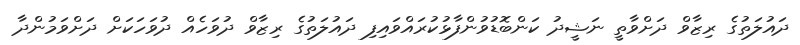
ދައުލަތުގެ ރިޒާވް ދަށްވާތީ ނަޝީދު ކަންބޮޑުވުންފާޅުކުރައްވައިފިި ދައުލަތުގެ ރިޒާވް ދުވަހެއް ދުވަހަކަށް ދަށްވަމުންދާ